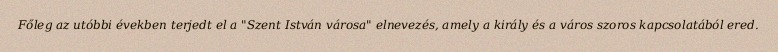
Főleg az utóbbi években terjedt el a "Szent István városa" elnevezés, amely a király és a város szoros kapcsolatából ered.